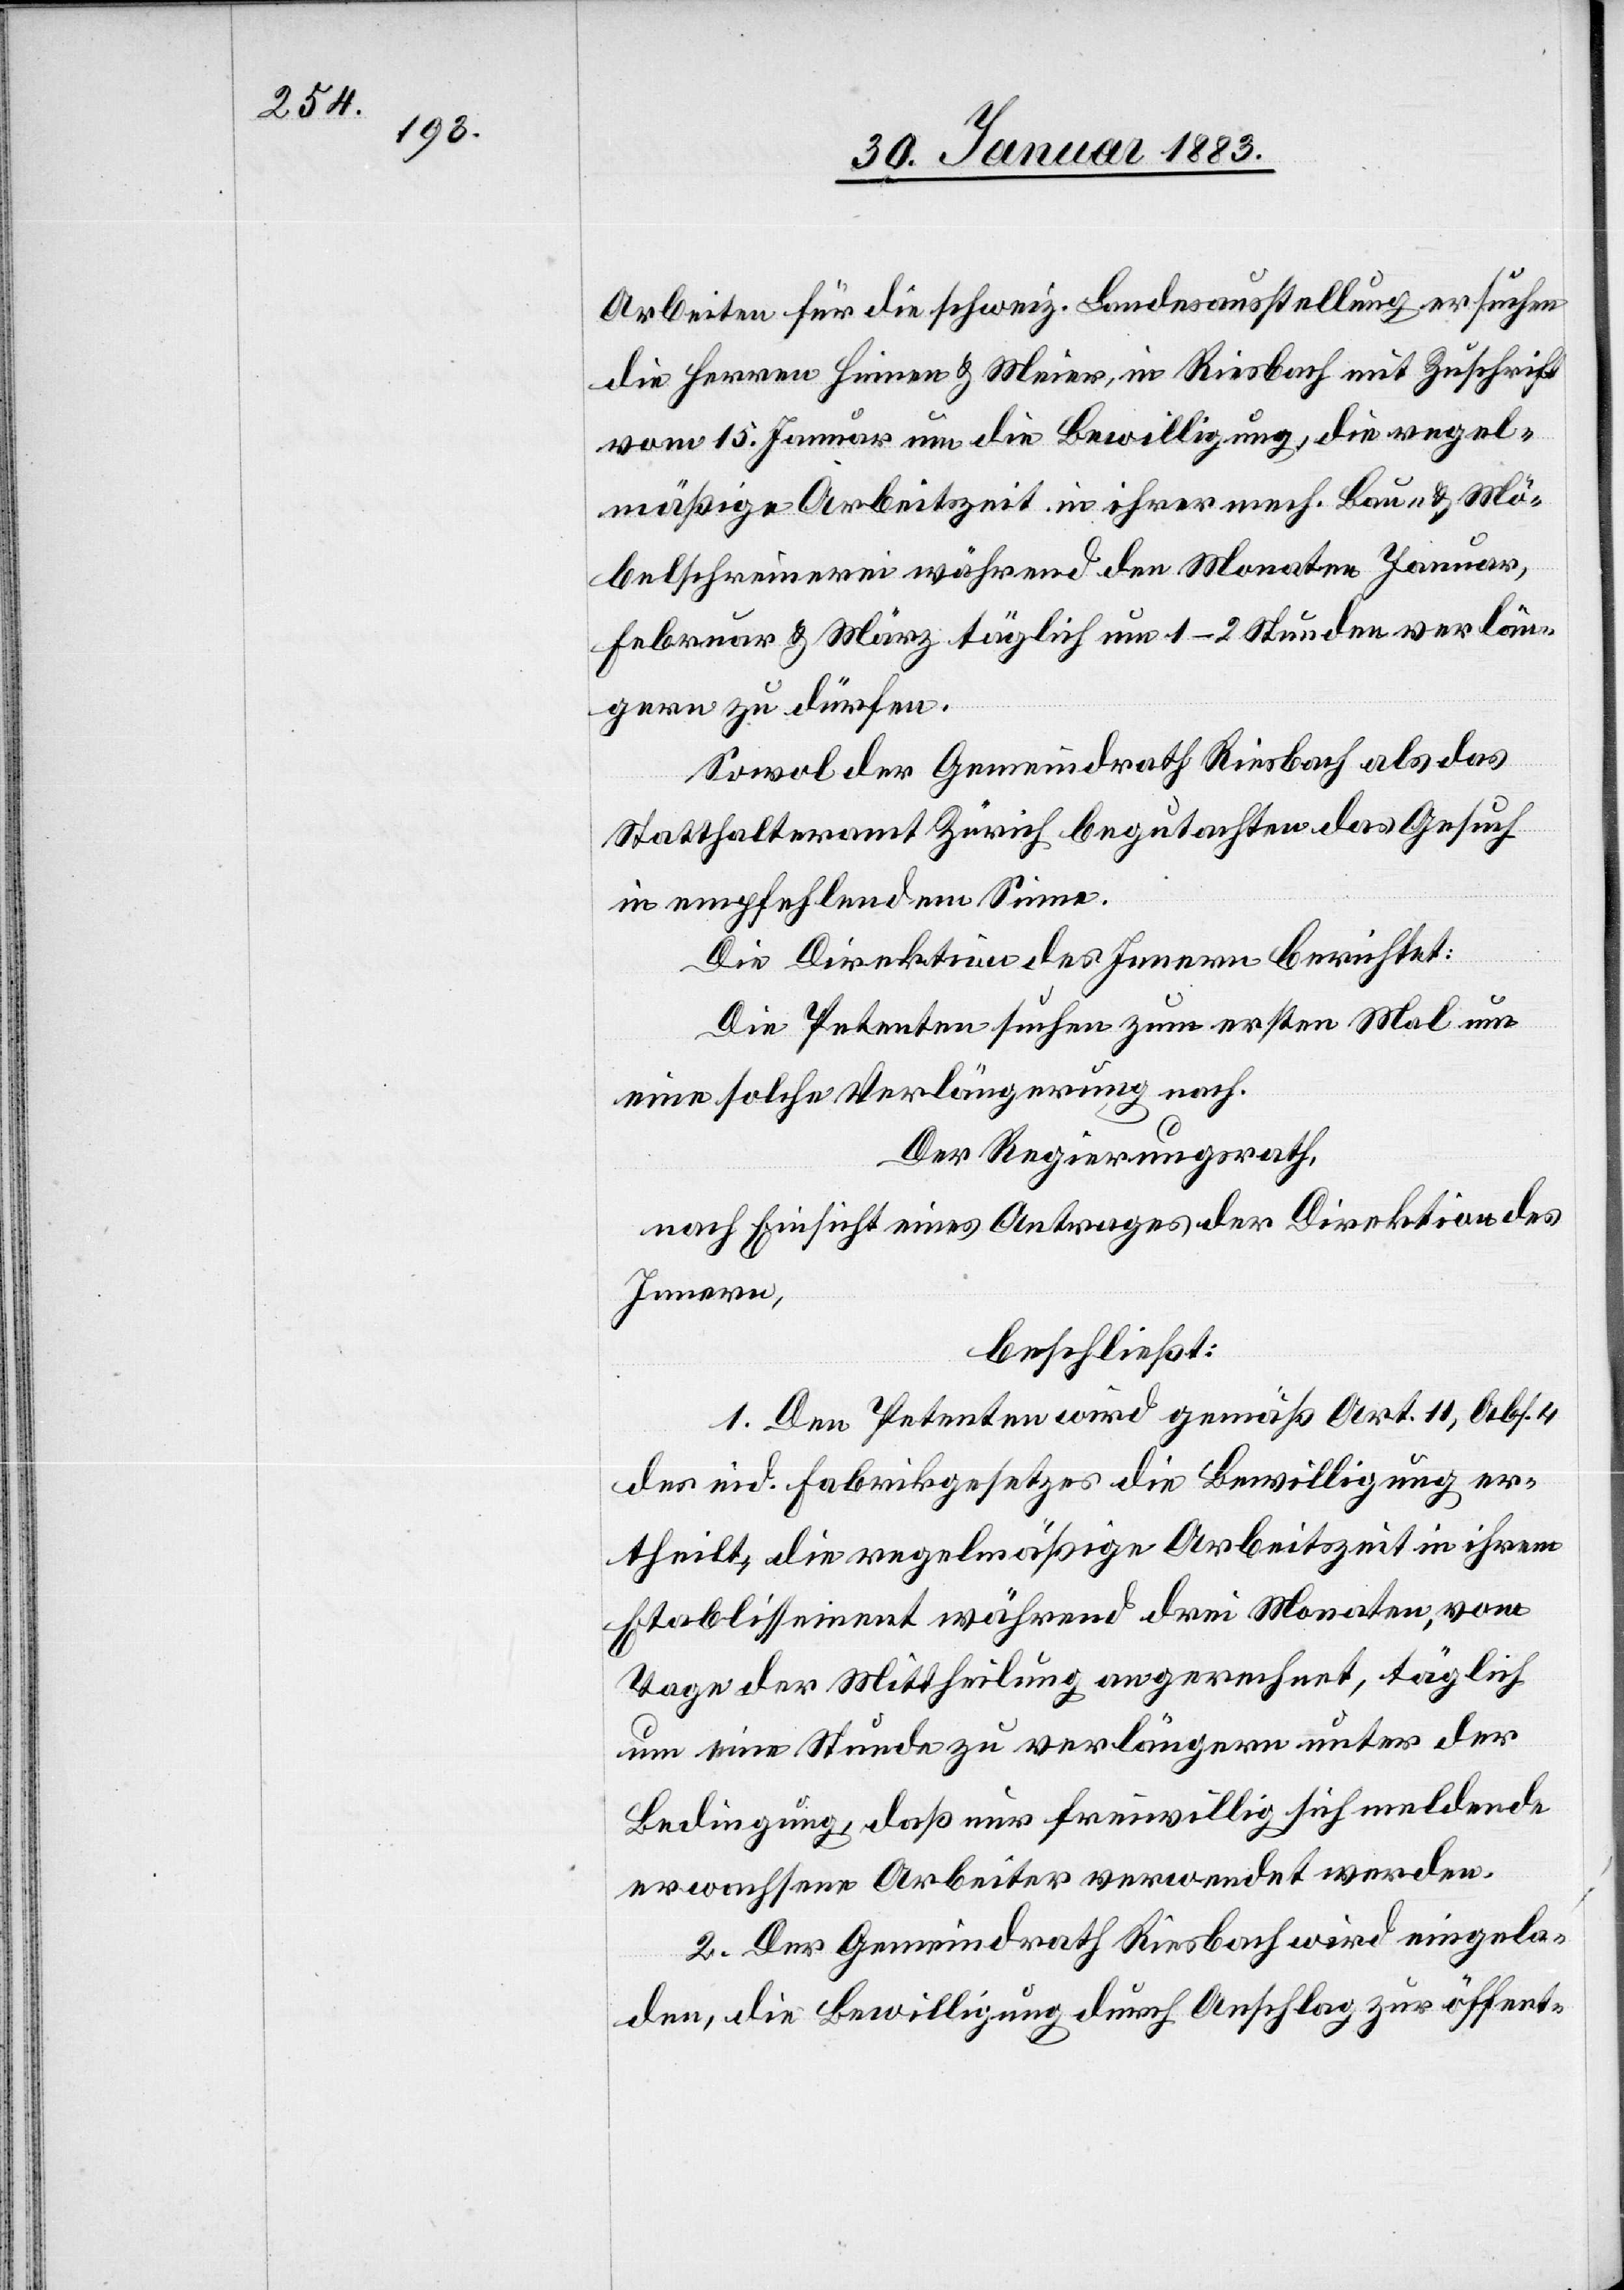
Arbeiten für die schweiz. Landesausstellung ersuchen
die Herren Hinnen & Meier, in Riesbach mit Zuschrift
vom 15. Januar um die Bewilligung, die regel¬
mäßige Arbeitszeit in ihrer mech. Bau- & Mö¬
belschreinerei während den Monaten Januar,
Februar & März täglich um 1–2 Stunden verlän¬
gern zu dürfen.
Sowol der Gemeindrath Riesbach als das
Statthalteramt Zürich begutachten das Gesuch
in empfehlendem Sinne.
Die Direktion des Innern berichtet:
Die Petenten suchen zum ersten Mal um
eine solche Verlängerung nach.
Der Regierungsrath,
nach Einsicht eines Antrages der Direktion des
Innern,
beschließt:
1. Den Petenten wird gemäß Art. 11, Abs. 4
des eid. Fabrikgesetzes die Bewilligung er¬
theilt, die regelmäßige Arbeitszeit in ihrem
Etablissement während drei Monaten, vom
Tage der Mittheilung an gerechnet, täglich
um eine Stunde zu verlängern unter der
Bedingung, daß nur freiwillig sich meldende
erwachsene Arbeiter verwendet werden.
2. Der Gemeindrath Riesbach wird eingela¬
den, die Bewilligung durch Anschlag zur öffent-